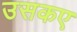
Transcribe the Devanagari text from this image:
उसकए